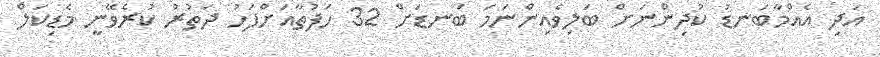
އަދި އެއްމާބަނޑު ކުދިންނަށް ބަލިވެއިންނަމަ ބަނޑަށް 32 ހަފުތާއަށްފަހު ދަތުރު ކުރެވޭނީ މެޑިކަލް